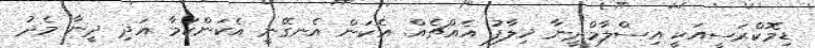
ޑިމޮކްރަސީއަކީ އިސްލާމްދީނާ ޚިލާފު އެއްޗެއް. އެކަން އެނގޭނީ އެކަންކަމާ އަދި ދީނާ މެދު